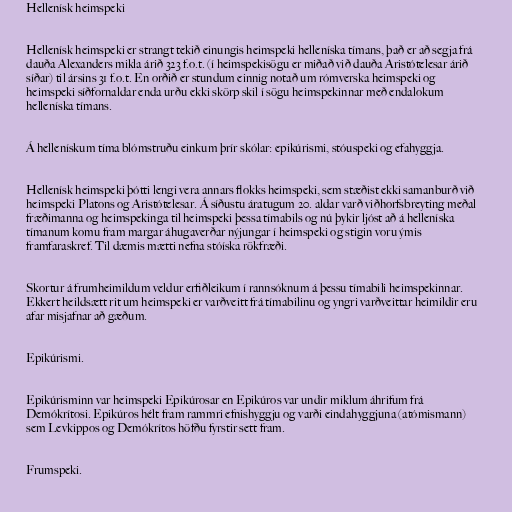
Hellenísk heimspeki

Hellenísk heimspeki er strangt tekið einungis heimspeki helleníska tímans, það er að segja frá
dauða Alexanders mikla árið 323 f.o.t. (í heimspekisögu er miðað við dauða Aristótelesar árið
síðar) til ársins 31 f.o.t. En orðið er stundum einnig notað um rómverska heimspeki og
heimspeki síðfornaldar enda urðu ekki skörp skil í sögu heimspekinnar með endalokum
helleníska tímans.

Á hellenískum tíma blómstruðu einkum þrír skólar: epikúrismi, stóuspeki og efahyggja.

Hellenísk heimspeki þótti lengi vera annars flokks heimspeki, sem stæðist ekki samanburð við
heimspeki Platons og Aristótelesar. Á síðustu áratugum 20. aldar varð viðhorfsbreyting meðal
fræðimanna og heimspekinga til heimspeki þessa tímabils og nú þykir ljóst að á helleníska
tímanum komu fram margar áhugaverðar nýjungar í heimspeki og stigin voru ýmis
framfaraskref. Til dæmis mætti nefna stóíska rökfræði.

Skortur á frumheimildum veldur erfiðleikum í rannsóknum á þessu tímabili heimspekinnar.
Ekkert heildsætt rit um heimspeki er varðveitt frá tímabilinu og yngri varðveittar heimildir eru
afar misjafnar að gæðum.

Epikúrismi.

Epikúrisminn var heimspeki Epikúrosar en Epikúros var undir miklum áhrifum frá
Demókrítosi. Epikúros hélt fram rammri efnishyggju og varði eindahyggjuna (atómismann)
sem Levkippos og Demókrítos höfðu fyrstir sett fram.

Frumspeki.